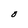
Character: O